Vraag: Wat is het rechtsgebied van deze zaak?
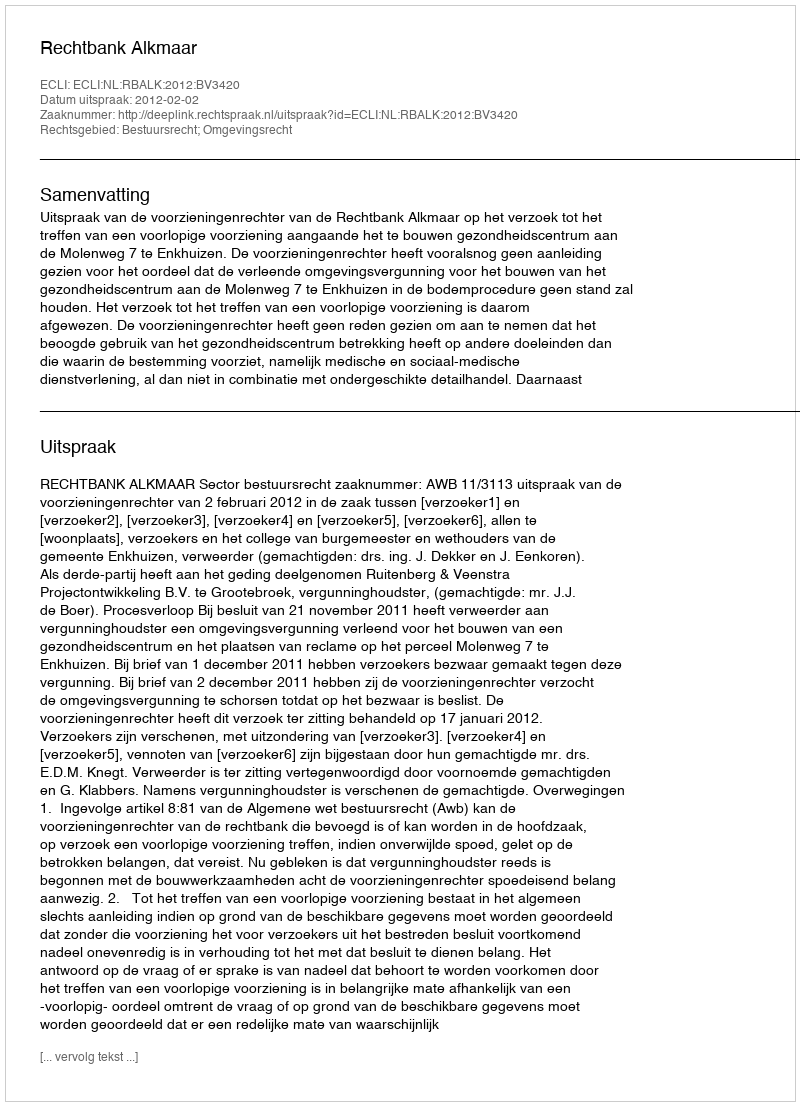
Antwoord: Bestuursrecht; Omgevingsrecht